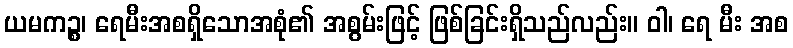
ယမကဉ္စ၊ ရေမီးအစရှိသောအစုံ၏ အစွမ်းဖြင့် ဖြစ်ခြင်းရှိသည်လည်း။ ဝါ၊ ရေ မီး အစ